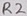
Text: R2